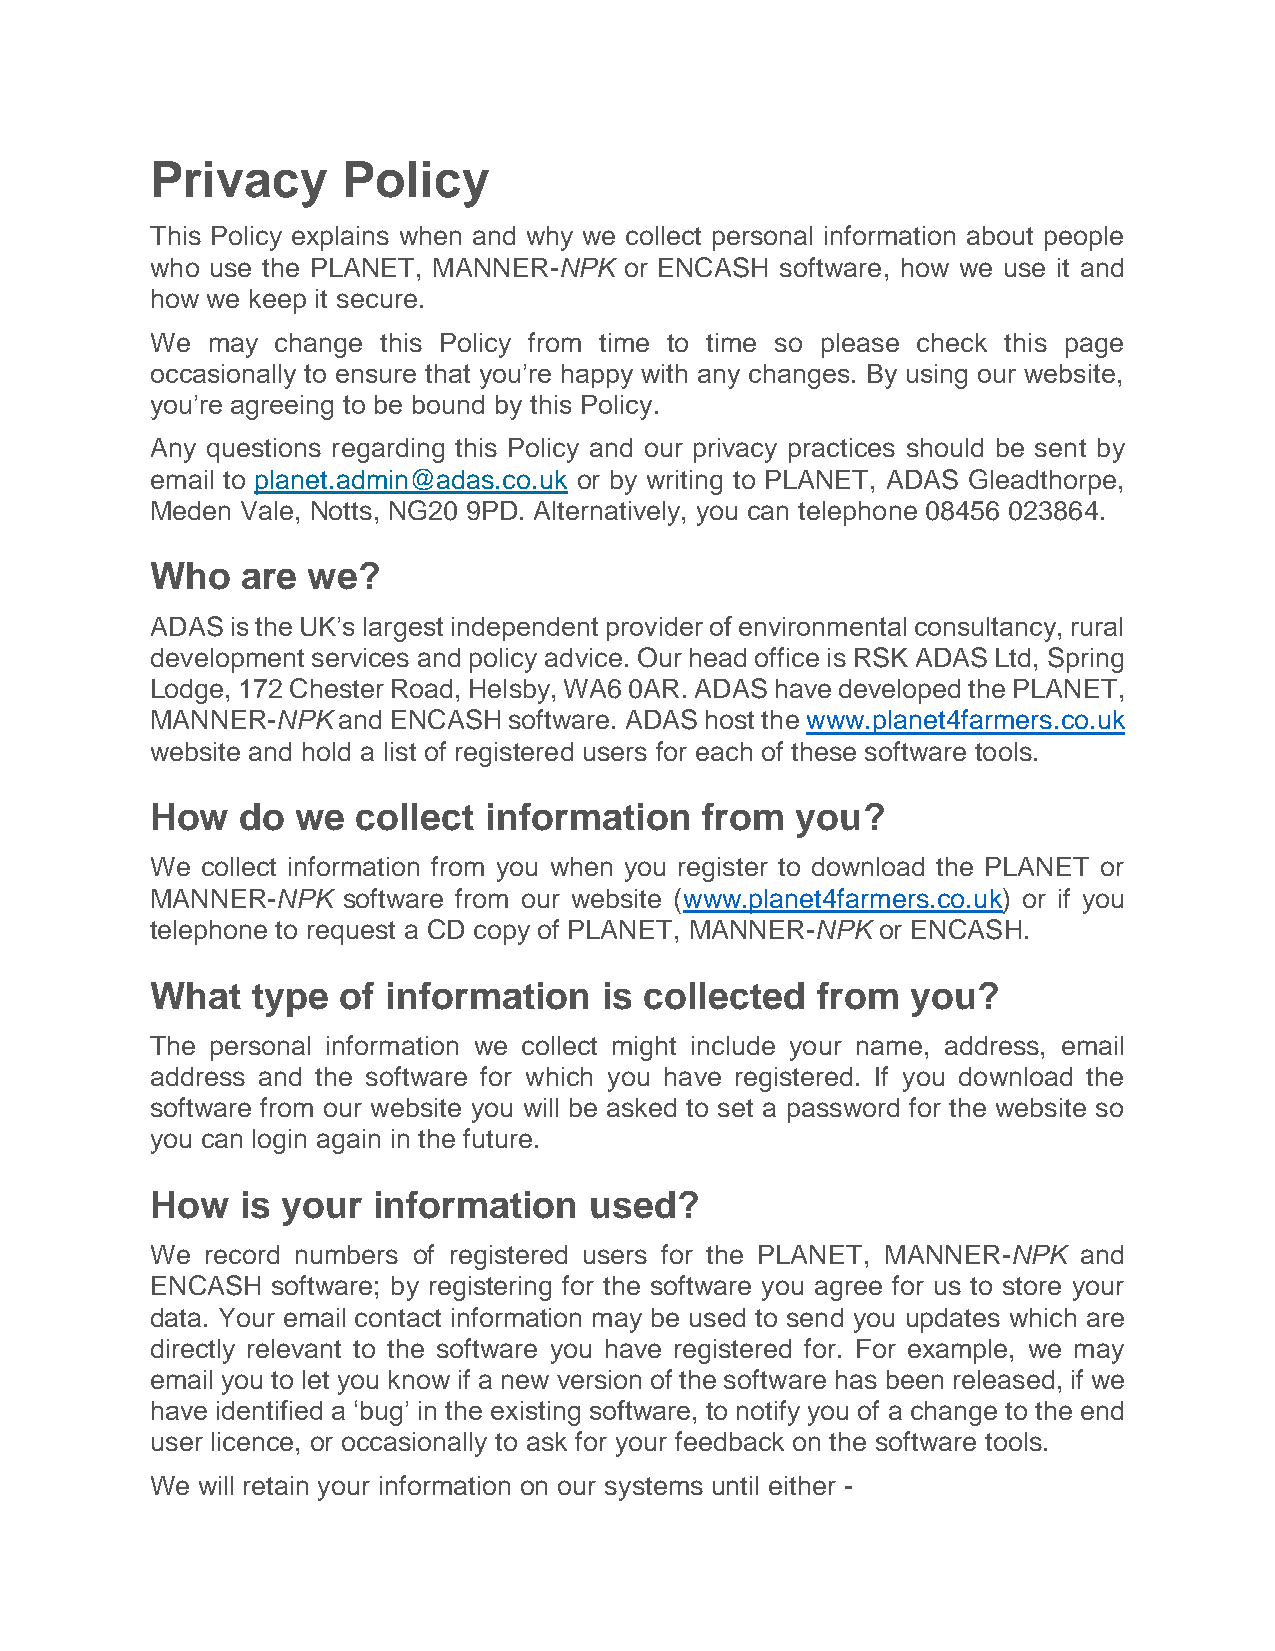
Privacy      Policy
 This Policy explains when and why we collect personal information about people
 who use the PLANET, MANNER-NPK or ENCASH  software, how we use it and
 how we keep it secure.
 We  may change this Policy from time to time so please check this page
 occasionally to ensure that you’re happy with any changes. By using our website,
 you’re agreeing to be bound by this Policy.
 Any questions regarding this Policy and our privacy practices should be sent by
 email to planet.admin@adas.co.uk or by writing to PLANET, ADAS Gleadthorpe,
 Meden Vale, Notts, NG20 9PD. Alternatively, you can telephone 08456 023864.
 Who   are we?
 ADAS is the UK’s largest independent provider of environmental consultancy, rural
 development services and policy advice. Our head office is RSK ADAS Ltd, Spring
 Lodge, 172 Chester Road, Helsby, WA6 0AR. ADAS have developed the PLANET,
 MANNER-NPK  and ENCASH  software. ADAS host the www.planet4farmers.co.uk
 website and hold a list of registered users for each of these software tools.
 How   do  we  collect information   from   you?
 We collect information from you when you register to download the PLANET or
 MANNER-NPK   software from our website (www.planet4farmers.co.uk) or if you
 telephone to request a CD copy of PLANET, MANNER-NPK or ENCASH.
 What   type of  information   is collected  from  you?
 The personal information we collect might include your name, address, email
 address and the software for which you have registered. If you download the
 software from our website you will be asked to set a password for the website so
 you can login again in the future.
 How   is your  information   used?
 We  record numbers of registered users for the PLANET, MANNER-NPK and
 ENCASH  software; by registering for the software you agree for us to store your
 data. Your email contact information may be used to send you updates which are
 directly relevant to the software you have registered for. For example, we may
 email you to let you know if a new version of the software has been released, if we
 have identified a ‘bug’ in the existing software, to notify you of a change to the end
 user licence, or occasionally to ask for your feedback on the software tools.
 We will retain your information on our systems until either -